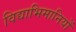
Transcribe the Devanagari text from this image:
विद्याभिमानियों